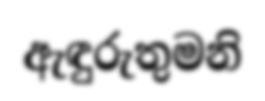
ඇඳුරුතුමනි